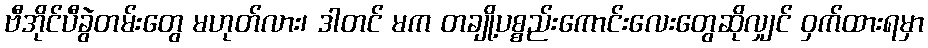
ဗီအိုင်ပီခွဲတမ်းတွေ မဟုတ်လား၊ ဒါတင် မက တချို့ပစ္စည်းကောင်းလေးတွေဆိုလျှင် ဝှက်ထားရမှာ